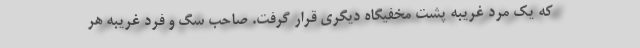
که یک مرد غریبه پشت مخفیگاه دیگری قرار گرفت. صاحب سگ و فرد غریبه هر